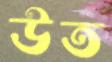
উত